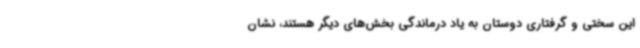
این سختی و گرفتاری دوستان به یاد درماندگی بخش‌های دیگر هستند، نشان